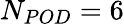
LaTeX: N_{POD}=6